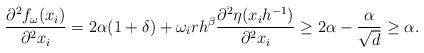
LaTeX: \begin{align*} \frac{\partial^{2}f_{\omega}(x_{i})}{\partial^{2}x_{i}}=2\alpha(1+\delta) + \omega_{i}rh^{\beta}\frac{\partial^{2}\eta(x_{i}h^{-1})}{\partial^{2}x_{i}}\geq 2\alpha -\frac{\alpha}{\sqrt{d}} \geq \alpha.\end{align*}